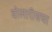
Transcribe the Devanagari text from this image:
वोलारीसचा